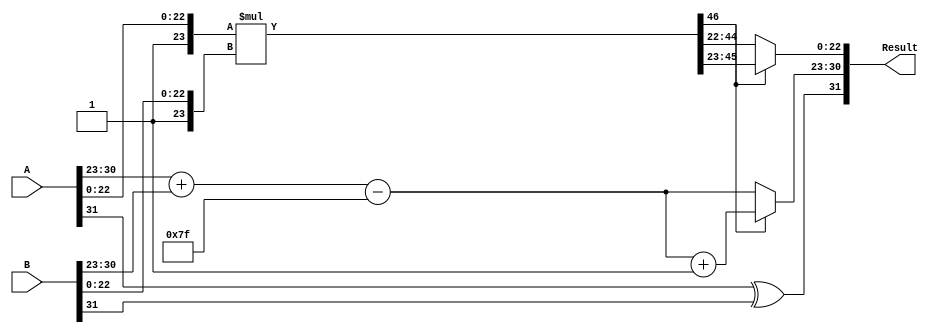
module float_multiplier (
    input  wire [31:0] A,  // First 32-bit floating-point number
    input  wire [31:0] B,  // Second 32-bit floating-point number
    output reg  [31:0] Result // Resulting 32-bit floating-point product
);

    // Constants
    localparam BIAS = 8'd127;
    localparam EXPONENT_BITS = 8;
    localparam FRACTION_BITS = 23;

    // Decompose inputs
    wire S_A = A[31]; // Sign of A
    wire [EXPONENT_BITS-1:0] E_A = A[30:23]; // Exponent of A
    wire [FRACTION_BITS:0] F_A = {1'b1, A[22:0]}; // Fraction of A with implicit leading 1

    wire S_B = B[31]; // Sign of B
    wire [EXPONENT_BITS-1:0] E_B = B[30:23]; // Exponent of B
    wire [FRACTION_BITS:0] F_B = {1'b1, B[22:0]}; // Fraction of B with implicit leading 1

    // Sign Calculation
    wire S_R = S_A ^ S_B; // Result sign

    // Exponent Calculation
    wire [EXPONENT_BITS+1:0] E_R_temp = {1'b0, E_A} + {1'b0, E_B} - BIAS; // Add exponents and subtract bias
    wire [EXPONENT_BITS-1:0] E_R = E_R_temp[EXPONENT_BITS+1] ? 8'hFF : E_R_temp[EXPONENT_BITS-1:0]; // Check for overflow

    // Fraction Multiplication
    wire [2*FRACTION_BITS:0] F_R_temp = F_A * F_B; // Multiply fractions

    // Normalization
    reg [FRACTION_BITS:0] F_R;
    reg [EXPONENT_BITS-1:0] E_R_final;
    
    always @(*) begin
        if (F_R_temp[2*FRACTION_BITS] == 1'b1) begin
            // Normalized case
            F_R = F_R_temp[2*FRACTION_BITS-1:FRACTION_BITS]; // Keep the top 23 bits
            E_R_final = E_R_temp[EXPONENT_BITS-1:0] + 1; // Increment exponent
        end else begin
            // Denormalized case
            F_R = F_R_temp[2*FRACTION_BITS-1:FRACTION_BITS-1]; // Shift right
            E_R_final = E_R_temp[EXPONENT_BITS-1:0]; // Keep exponent
        end
    end
    
    // Assemble result
    always @(*) begin
        Result = {S_R, E_R_final, F_R[FRACTION_BITS-1:0]};
    end

endmodule